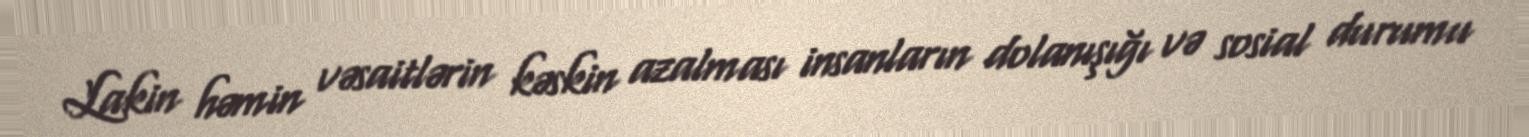
Lakin həmin vəsaitlərin kəskin azalması insanların dolanışığı və sosial durumu